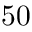
5 0